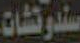
سندوتشات